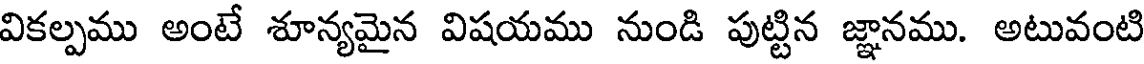
వికల్పము అంటే శూన్యమైన విషయము నుండి పుట్టిన జ్ఞానము. అటువంటి